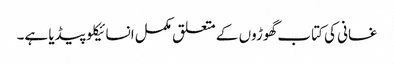
غسانی کی کتاب گھوڑوں کے متعلق مکمل انسائیکلو پیڈیا ہے۔